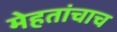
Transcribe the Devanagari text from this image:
मेहतांचाच